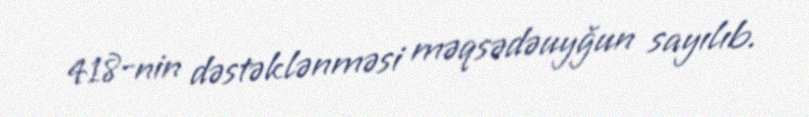
418-nin dəstəklənməsi məqsədəuyğun sayılıb.